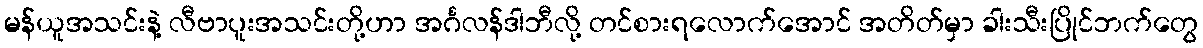
မန်ယူအသင်းနဲ့ လီဗာပူးအသင်းတို့ဟာ အင်္ဂလန်ဒါဘီလို့ တင်စားရလောက်အောင် အတိတ်မှာ ခါးသီးပြိုင်ဘက်တွေ